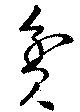
貧